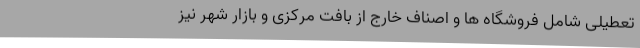
تعطیلی شامل فروشگاه ها و اصناف خارج از بافت مرکزی و بازار شهر نیز